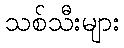
သစ်သီးများ